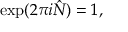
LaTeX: \exp ( 2 \pi i \hat { N } ) = 1 ,